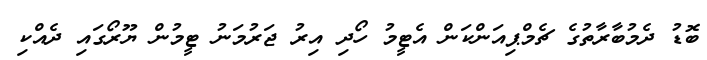
ބޮޑު ދެމުބާރާތުގެ ޗެމްޕިއަންކަން އެޓީމު ހޯދި އިރު ޖަރުމަނު ޓީމުން ޔޫރޯގައި ދެއްކި